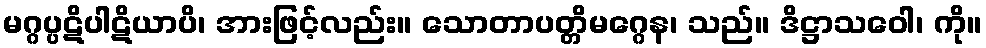
မဂ္ဂပ္ပဋိပါဋိယာပိ၊ အားဖြင့်လည်း။ သောတာပတ္တိမဂ္ဂေန၊ သည်။ ဒိဋ္ဌာသဝေါ၊ ကို။